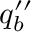
q _ { b } ^ { \prime \prime }